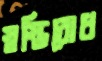
স্বস্তিবোধ